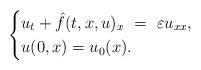
LaTeX: \begin{align*} \begin{cases} u_{t}+\hat f(t,x,u)_{x}~=~\varepsilon u_{xx},\\ u(0,x)=u_0 (x). \end{cases} \end{align*}